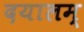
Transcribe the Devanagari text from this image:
दयालम्